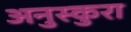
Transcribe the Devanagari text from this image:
अनुस्कुरा